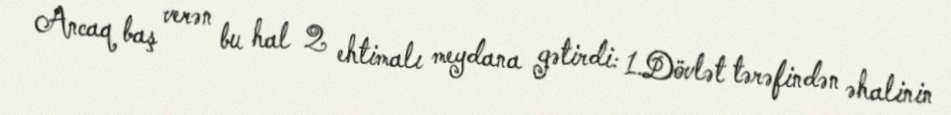
Ancaq baş verən bu hal 2 ehtimalı meydana gətirdi: 1.Dövlət tərəfindən əhalinin